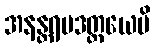
အနန္တရပဒတ္တယေပိ